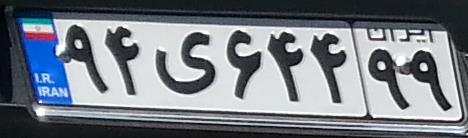
۹۴ی۶۴۴۹۹